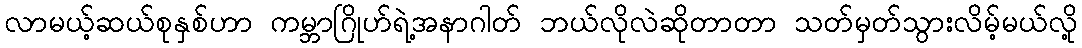
လာမယ့်ဆယ်စုနှစ်ဟာ ကမ္ဘာဂြိုဟ်ရဲ့အနာဂါတ် ဘယ်လိုလဲဆိုတာတာ သတ်မှတ်သွားလိမ့်မယ်လို့